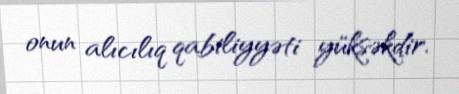
onun alıcılıq qabiliyyəti yüksəkdir.